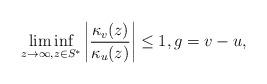
LaTeX: \begin{align*} \liminf_{z \to \infty, z \in S^*} \left| \frac{\kappa_v(z)}{\kappa_u(z)} \right| \leq 1 , g = v-u ,\end{align*}